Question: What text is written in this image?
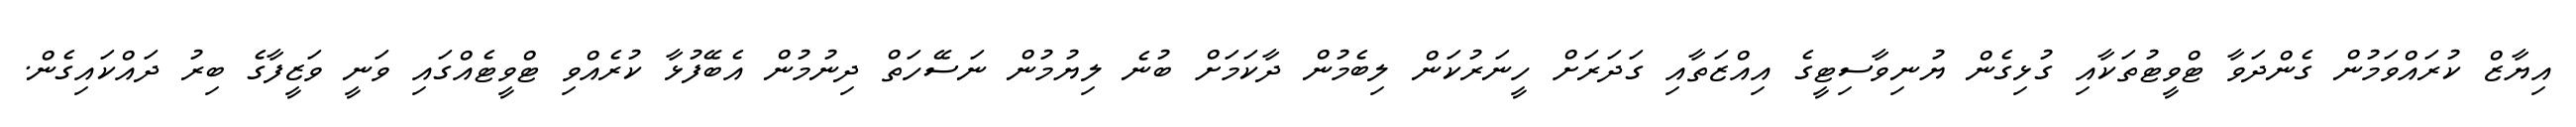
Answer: އިޔާޒް ކުރައްވަމުން ގެންދަވާ ޓްވީޓުތަކާއި ގުޅިގެން ޔުނިވާސިޓީގެ އިއްޒަތާއި ގަދަރަށް ހީނަރުކަން ލިބެމުން ދާކަމަށް ބުނެ ލިޔުމުން ނަސޭހަތް ދިނުމުން އެބޭފުޅާ ކުރެއްވި ޓްވީޓެއްގައި ވަނީ ވަޒީފާގެ ބިރު ދައްކައިގެން.